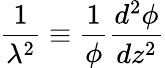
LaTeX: {\frac{1}{\lambda^{2}}}\equiv{\frac{1}{\phi}}{\frac{d^{2}\phi}{dz^{2}}}